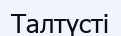
Талтүсті